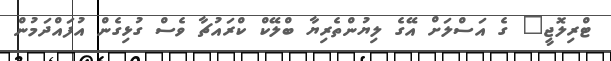
ޓްރިލޮޖީ" ގެ އަސްލަށް އޭގެ ލިޔުންތެރިޔާ ބްލޭކް ކްރައުޗާ ވެސް ގުޅިގެން އުފައްދަމުން